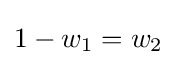
1-w_{1}=w_{2}